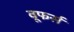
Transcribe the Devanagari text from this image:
वूफर्स